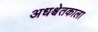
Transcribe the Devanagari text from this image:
अधश्चेतकाला